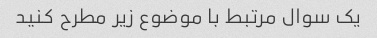
یک سوال مرتبط با موضوع زیر مطرح کنید